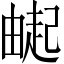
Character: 𬏌